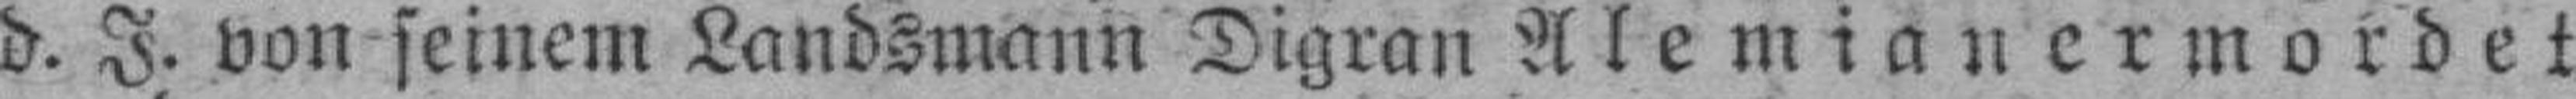
d. J. von seinem Landsmann Digran Alemianermordet